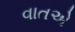
વાતએ